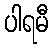
ပါရမီ